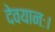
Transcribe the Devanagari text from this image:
देवयानः।